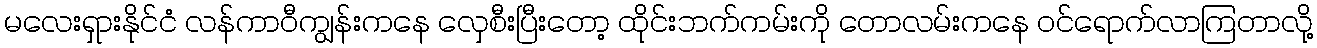
မလေးရှားနိုင်ငံ လန်ကာဝီကျွန်းကနေ လှေစီးပြီးတော့ ထိုင်းဘက်ကမ်းကို တောလမ်းကနေ ဝင်ရောက်လာကြတာလို့